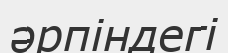
әрпіндегі